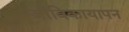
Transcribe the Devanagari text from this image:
जीविकायापन